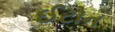
ઈટોન